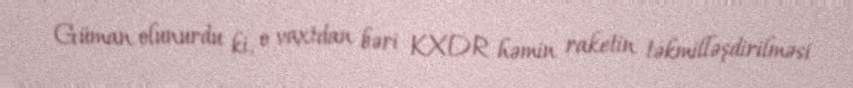
Güman olunurdu ki, o vaxtdan bəri KXDR həmin raketin təkmilləşdirilməsi